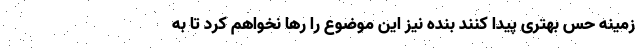
زمینه حس بهتری پیدا کنند بنده نیز این موضوع را رها نخواهم کرد تا به